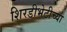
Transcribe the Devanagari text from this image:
शिरडीभेटीच्या